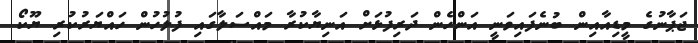
ޖަޕާނުގެ މީޑިއާއިން ބުނެފައިވަނީ އަންހެން ދަރިފުޅަށް އަނިޔާކުރާ މައްސަލާގައި ފުލުހުން ހައްޔަރުކުރި ޔޫކޯ